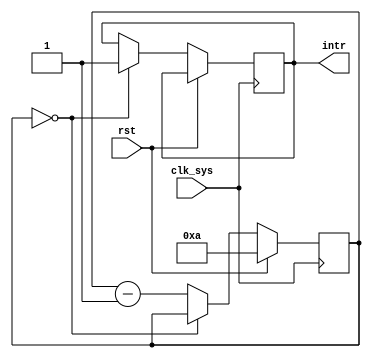
module Watchdog_timer(
    input wire clk_sys,           // System clock input
    input wire rst,               // Reset signal
    output reg intr               // Interrupt signal
);

parameter TIMER_VALUE = 10;      // Predefined timer value

reg [7:0] timer_count;           // Timer count register

always @(posedge clk_sys) begin
    if (rst) begin
        timer_count <= TIMER_VALUE;
    end else begin
        if (timer_count == 0) begin
            intr <= 1;  // Generate interrupt signal on timing violation
        end else begin
            timer_count <= timer_count - 1;
        end
    end
end

// Synchronization blocks to ensure reliable operation across clock domains
// Additional logic needed for synchronization with other clock domains

endmodule